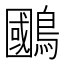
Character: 𫛐